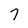
Character: 7